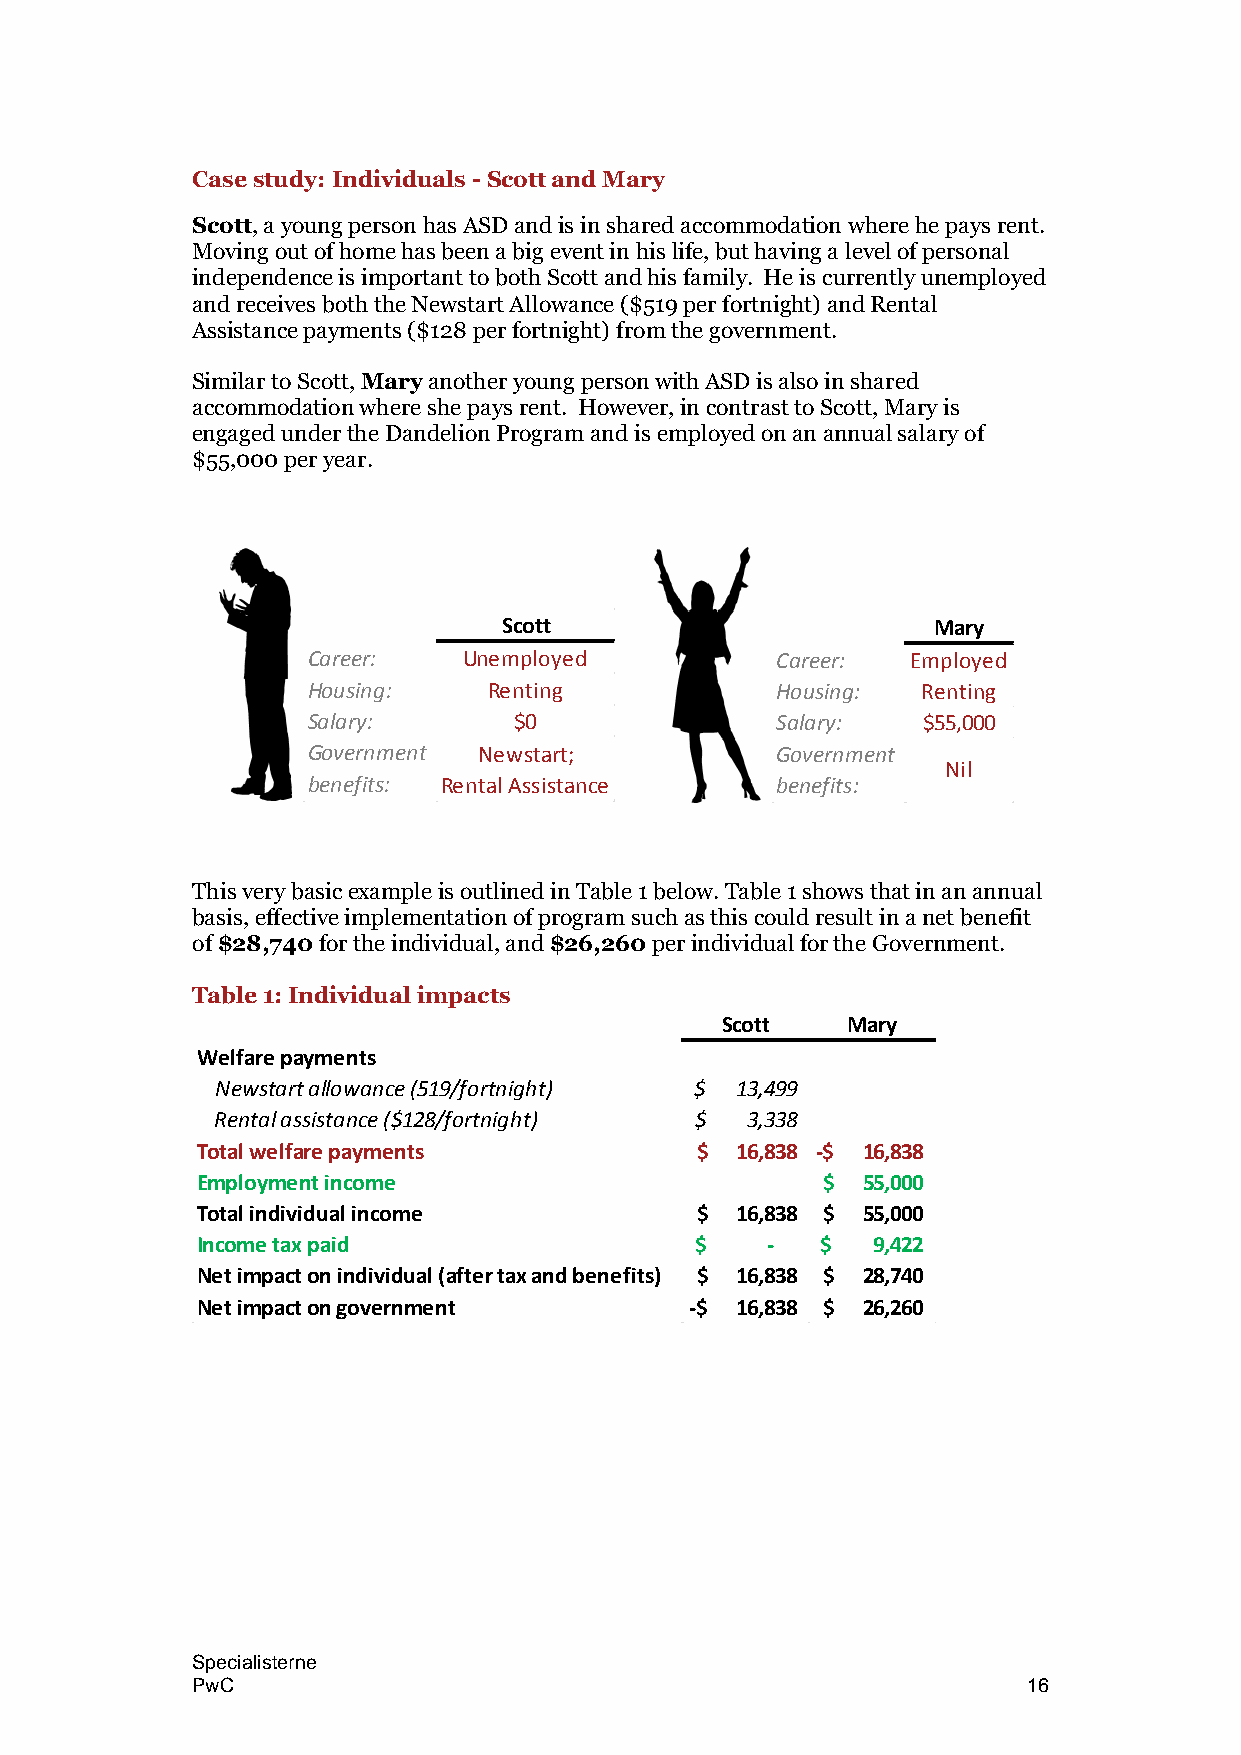
Case study: Individuals - Scott and Mary
 Scott, a young person has ASD and is in shared accommodation where he pays rent.
 Moving out of home has been a big event in his life, but having a level of personal
 independence is important to both Scott and his family. He is currently unemployed
 and receives both the Newstart Allowance ($519 per fortnight) and Rental
 Assistance payments ($128 per fortnight) from the government.
 Similar to Scott, Mary another young person with ASD is also in shared
 accommodation where she pays rent. However, in contrast to Scott, Mary is
 engaged under the Dandelion Program and is employed on an annual salary of
 $55,000 per year.
 Scott                        Mary
 Career:    Unemployed          Career:  Employed
 Housing:    Renting            Housing:  Renting
 Salary:       $0               Salary:   $55,000
 Government  Newstart;          Government
 Nil
 benefits: Rental Assistance    benefits:
 This very basic example is outlined in Table 1 below. Table 1 shows that in an annual
 basis, effective implementation of program such as this could result in a net benefit
 of $28,740 for the individual, and $26,260 per individual for the Government.
 Table 1: Individual impacts
 Scott   Mary
 Welfare payments
 Newstart allowance (519/fortnight) $ 13,499
 Rental assistance ($128/fortnight) $ 3,338
 Total welfare payments           $  1 6,838 -$ 1 6,838
 Employment income                        $  5 5,000
 Total individual income          $  1 6,838 $ 5 5,000
 Income tax paid                  $    -  $   9 ,422
 Net impact on individual (after tax and benefits) $ 1 6,838 $ 2 8,740
 Net impact on government         -$ 1 6,838 $ 2 6,260
 Specialisterne
 PwC                                                    16